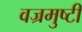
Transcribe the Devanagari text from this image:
वज्रमुष्टी